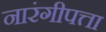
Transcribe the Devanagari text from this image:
नारंगीपत्ता